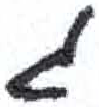
אות: ג